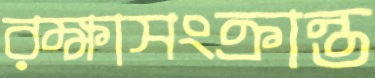
রক্ষাসংক্রান্ত